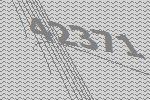
42371